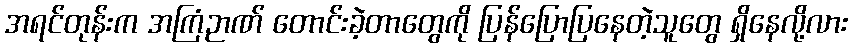
အရင်တုန်းက အကြံဉာဏ် တောင်းခဲ့တာတွေကို ပြန်ပြောပြနေတဲ့သူတွေ ရှိနေလို့လား